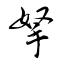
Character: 拏